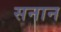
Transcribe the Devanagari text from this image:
सनान